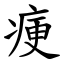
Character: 㾘